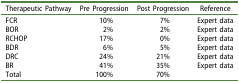
<table><thead><tr><td><b>Therapeutic Pathway</b></td><td><b>Pre Progression</b></td><td><b>Post Progression</b></td><td><b>Reference</b></td></tr></thead><tbody><tr><td>FCR</td><td>10%</td><td>7%</td><td>Expert data</td></tr><tr><td>BOR</td><td>2%</td><td>2%</td><td>Expert data</td></tr><tr><td>RCHOP</td><td>17%</td><td>0%</td><td>Expert data</td></tr><tr><td>BDR</td><td>6%</td><td>5%</td><td>Expert data</td></tr><tr><td>DRC</td><td>24%</td><td>21%</td><td>Expert data</td></tr><tr><td>BR</td><td>41%</td><td>35%</td><td>Expert data</td></tr><tr><td>Total</td><td>100%</td><td>70%</td><td>[EMPTY_CELL]</td></tr></tbody></table>